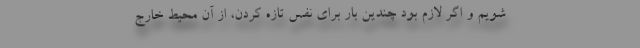
شویم و اگر لازم بود چندین بار برای نفس تازه کردن، از آن محیط خارج